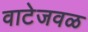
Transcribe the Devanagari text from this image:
वाटेजवळ